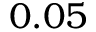
0 . 0 5